Vaccination report Assam 1896-1927 - 1896-1927
Year: 1896
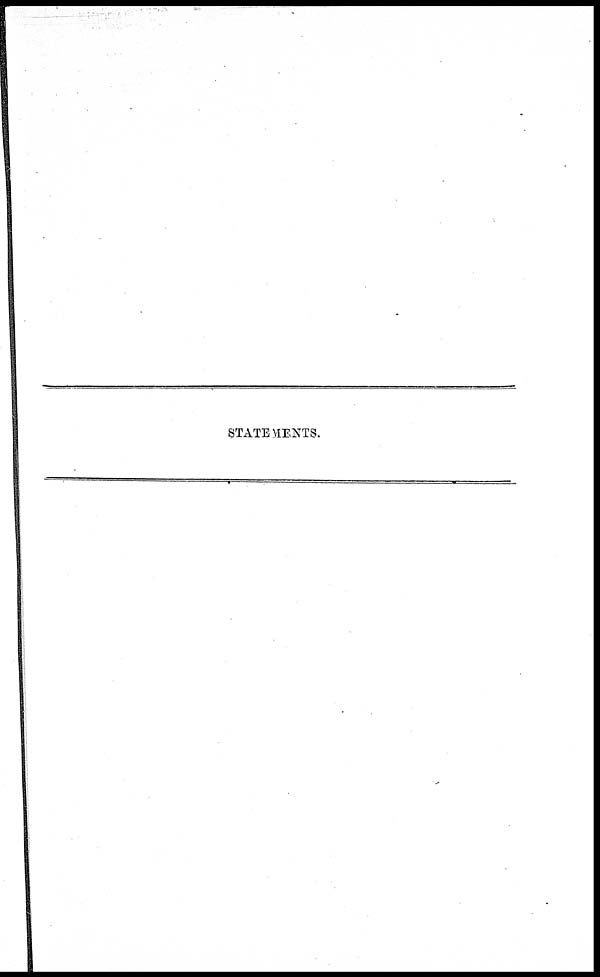
STATEMENTS.